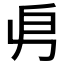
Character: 𠂣